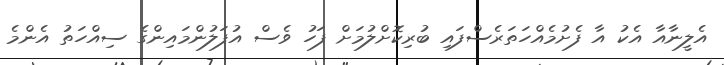
އެލީނާއާ އެކު އާ ފެށުމެއްހަތަރެސްފައި ބުރިކޮށްލުމަށް ފަހު ވެސް އުފަލުންމައިންގެ ސިއްހަތު އެންމެ